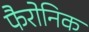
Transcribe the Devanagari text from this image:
फैरोनिक